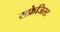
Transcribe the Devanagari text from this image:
सफ्रेजिस्ट